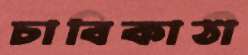
চাবিকাঠী